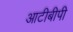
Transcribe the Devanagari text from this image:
आटीबीपी